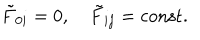
LaTeX: \tilde { F } _ { 0 i } = 0 , \quad \tilde { F } _ { i j } = \mathrm { c o n s t . }